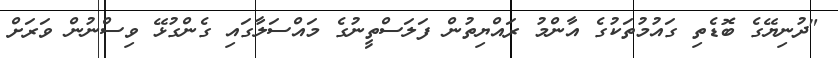
"ދުނިޔޭގެ ބޮޑެތި ގައުމުތަކުގެ އާންމު ރައްޔިތުން ފަލަސްތީނުގެ މައްސަލާގައި ގެންގުޅޭ ވިސްނުން ވަރަށް